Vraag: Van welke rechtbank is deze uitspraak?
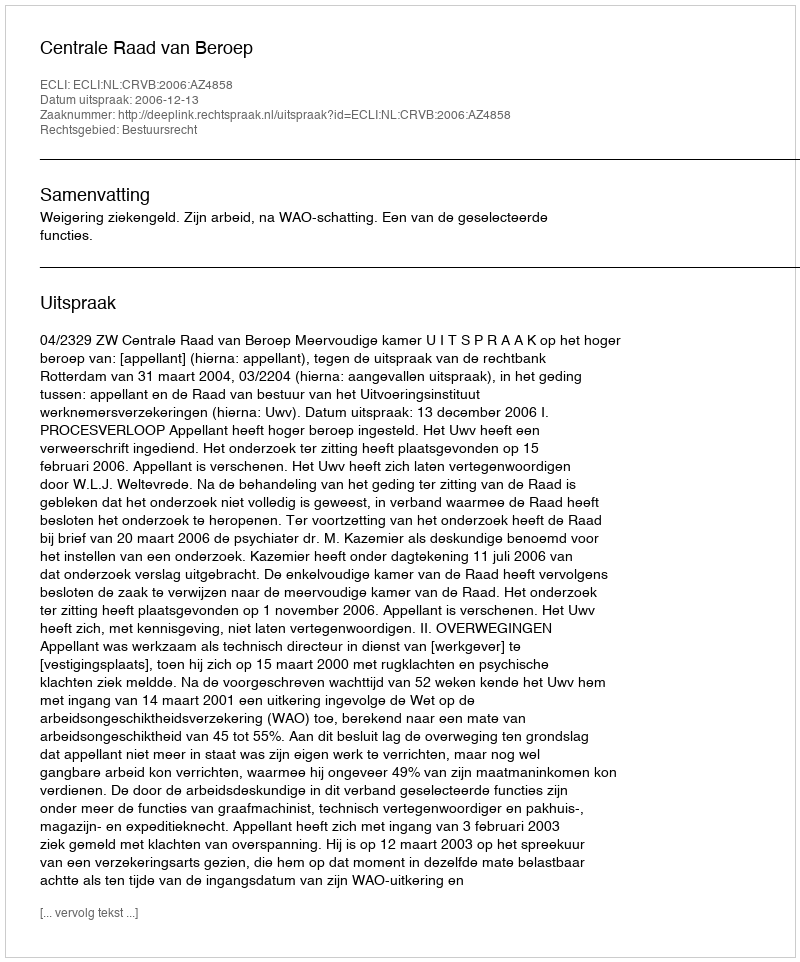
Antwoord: Centrale Raad van Beroep